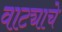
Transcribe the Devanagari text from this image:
वाट्याचे